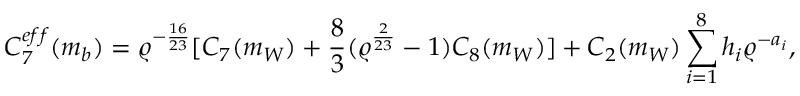
C _ { 7 } ^ { e f f } ( m _ { b } ) = \varrho ^ { - \frac { 1 6 } { 2 3 } } [ C _ { 7 } ( m _ { W } ) + \frac { 8 } { 3 } ( \varrho ^ { \frac { 2 } { 2 3 } } - 1 ) C _ { 8 } ( m _ { W } ) ] + C _ { 2 } ( m _ { W } ) \sum _ { i = 1 } ^ { 8 } h _ { i } \varrho ^ { - a _ { i } } ,